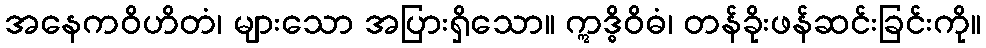
အနေကဝိဟိတံ၊ များသော အပြားရှိသော။ ဣဒ္ဓိဝိဓံ၊ တန်ခိုးဖန်ဆင်းခြင်းကို။